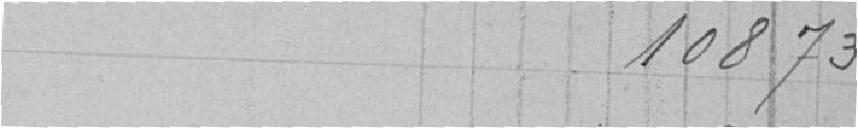
108,73